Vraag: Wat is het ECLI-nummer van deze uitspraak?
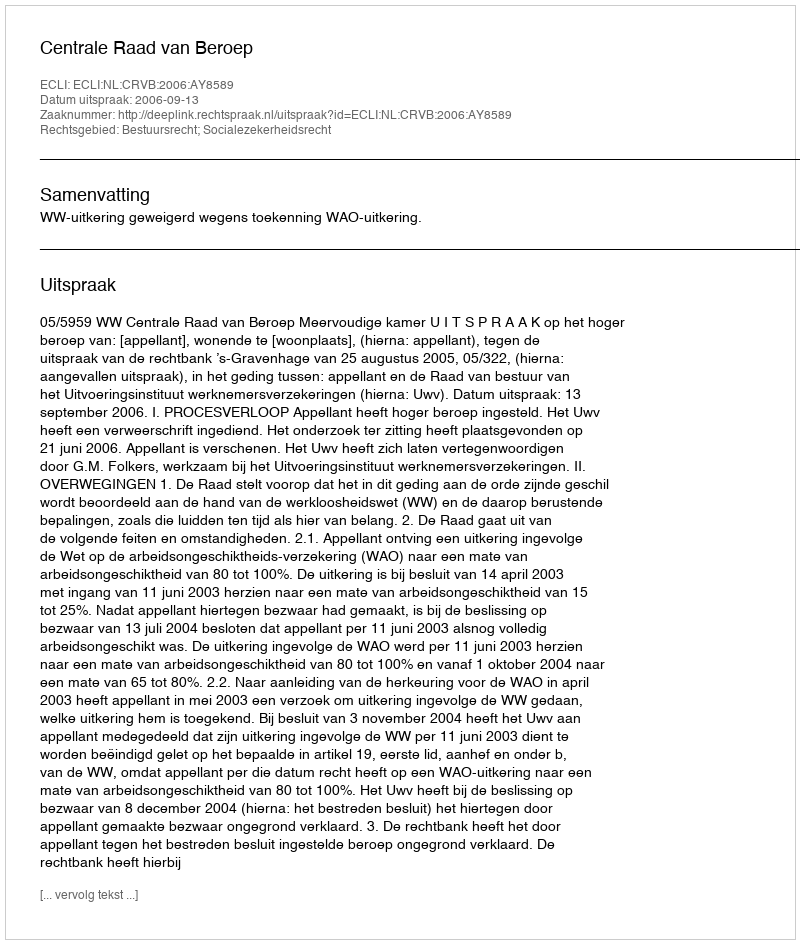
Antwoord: ECLI:NL:CRVB:2006:AY8589